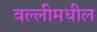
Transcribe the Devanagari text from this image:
वल्लीमधील